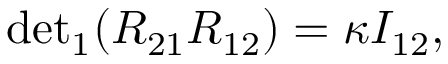
{ \operatorname * { d e t } } _ { 1 } ( R _ { 2 1 } R _ { 1 2 } ) = \kappa I _ { 1 2 } ,